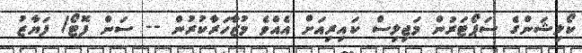
ކޯލިޝަންގެ ސަޕޯޓަރުން މަޖިލިސް ކައިރިއަށް އެއްވެ މުޒާހަރާކުރުން -- ސަން ފޮޓޯ/ ފަޔާޒު